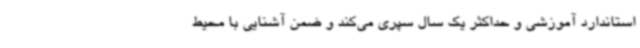
استاندارد آموزشی و حداکثر یک سال سپری می‌کند و ضمن آشنایی با محیط